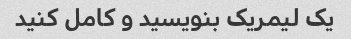
یک لیمریک بنویسید و کامل کنید